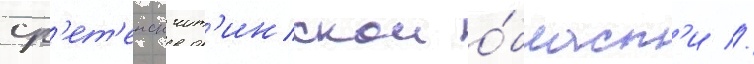
ср'ет'енск чит'инскои о́бласт'и //